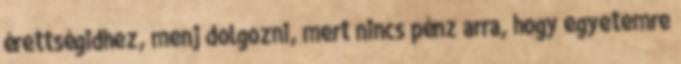
érettségidhez, menj dolgozni, mert nincs pénz arra, hogy egyetemre